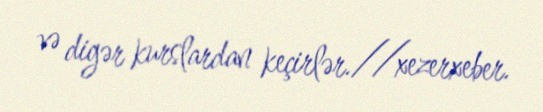
və digər kurslardan keçirlər.//xezerxeber.